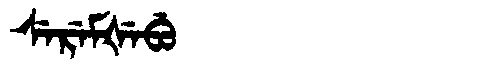
Manchu: ᠰᡝᡵᡝᠮᡧᡝᠪᡠ
Romanization: SEREMŠEBU